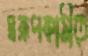
স্বরূপকাঠীতে